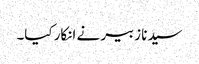
سیدنا زبیر نے انکار کیا۔